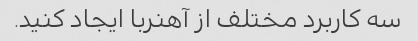
سه کاربرد مختلف از آهنربا ایجاد کنید.